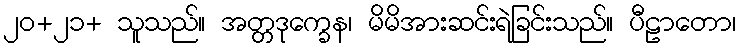
၂၀+၂၁+ သူသည်။ အတ္တဒုက္ခေန၊ မိမိအားဆင်းရဲခြင်းသည်။ ပီဠာတော၊